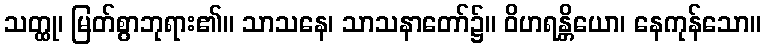
သတ္ထု၊ မြတ်စွာဘုရား၏။ သာသနေ၊ သာသနာတော်၌။ ဝိဟရန္တိယော၊ နေကုန်သော။